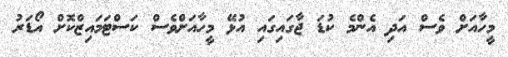
މީހާއަށް ވެސް އަދި އެންމެ ކުޑަ ޖާގައިގައި އުޅޭ މީހާއަށްވެސް ކަސްޓަމައިޒްކޮށް އޯޑަރު